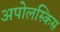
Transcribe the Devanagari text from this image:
अपोलस्किस